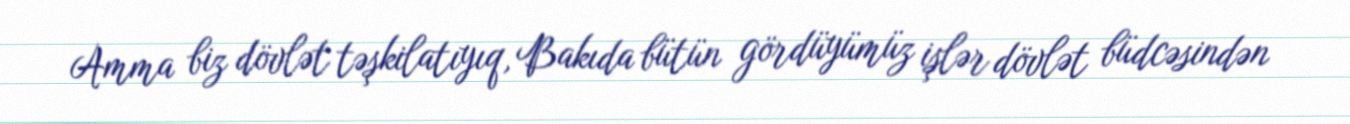
Amma biz dövlət təşkilatıyıq, Bakıda bütün gördüyümüz işlər dövlət büdcəsindən